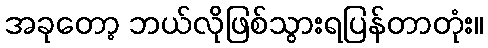
အခုတော့ ဘယ်လိုဖြစ်သွားရပြန်တာတုံး။